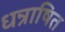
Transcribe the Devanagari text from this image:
धन्राषित